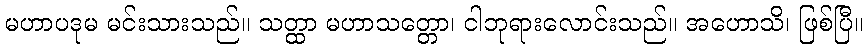
မဟာပဒုမ မင်းသားသည်။ သတ္ထာ မဟာသတ္တော၊ ငါဘုရားလောင်းသည်။ အဟောသိ၊ ဖြစ်ပြီ။